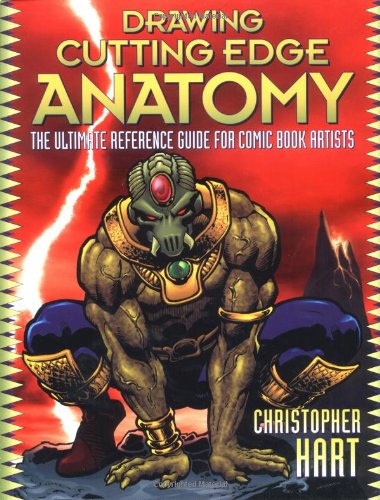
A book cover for Drawing Cutting Edge Anatomy: The Ultimate Reference for Comic Book Artists; Christopher Hart; Arts & Photography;